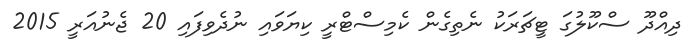
ދިއްދޫ ސްކޫލުގަ ޓީޗަރަކު ނެތިގެން ކެމިސްޓްރީ ކިޔަވައި ނުދެވިފައި 20 ޖެނުއަރީ 2015